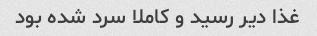
غذا دیر رسید و کاملا سرد شده بود